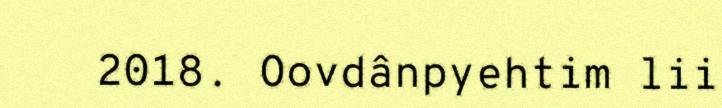
2018. Oovdânpyehtim lii